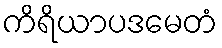
ကိရိယာပဒမေတံ